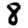
Digit: 8